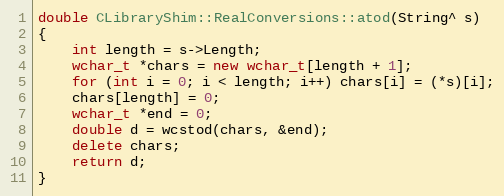
Language: C++
double CLibraryShim::RealConversions::atod(String^ s)
{
    int length = s->Length;
    wchar_t *chars = new wchar_t[length + 1];
    for (int i = 0; i < length; i++) chars[i] = (*s)[i];
    chars[length] = 0;
    wchar_t *end = 0;
    double d = wcstod(chars, &end);
    delete chars;
    return d;
}